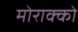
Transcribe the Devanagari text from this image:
मोराक्को